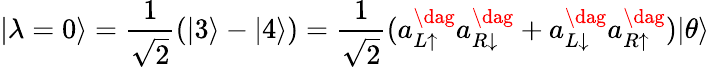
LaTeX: |\lambda=0\rangle=\frac{1}{\sqrt{2}}(|3\rangle-|4\rangle)=\frac{1}{\sqrt{2}}(a_{L\uparrow}^{\dag}a_{R\downarrow}^{\dag}+a_{L\downarrow}^{\dag}a_{R\uparrow}^{\dag})|\theta\rangle